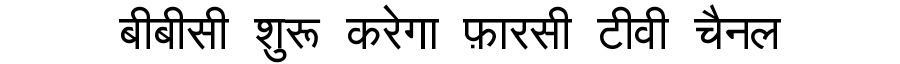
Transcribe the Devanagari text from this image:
बीबीसी शुरू करेगा फ़ारसी टीवी चैनल